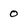
Character: 0